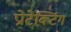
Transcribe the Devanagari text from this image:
प्रोटेक्टिंग